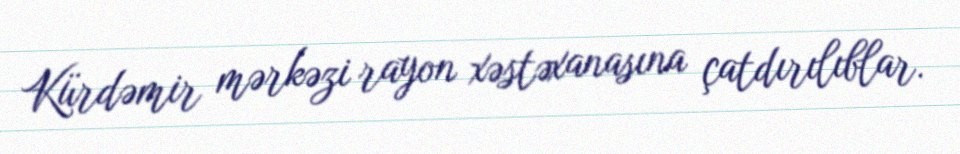
Kürdəmir mərkəzi rayon xəstəxanasına çatdırılıblar.